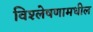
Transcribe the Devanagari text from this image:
विश्लेषणामधील